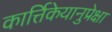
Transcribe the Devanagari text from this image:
कार्त्तिकेयानुप्रेक्षा